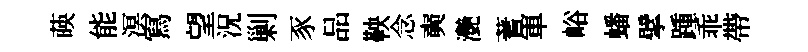
𦴤能溟冩望況剿豕品鞅念奭灔蓍軍峪蟠擘踵乖帶